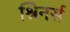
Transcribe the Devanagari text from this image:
श्रिनर्स